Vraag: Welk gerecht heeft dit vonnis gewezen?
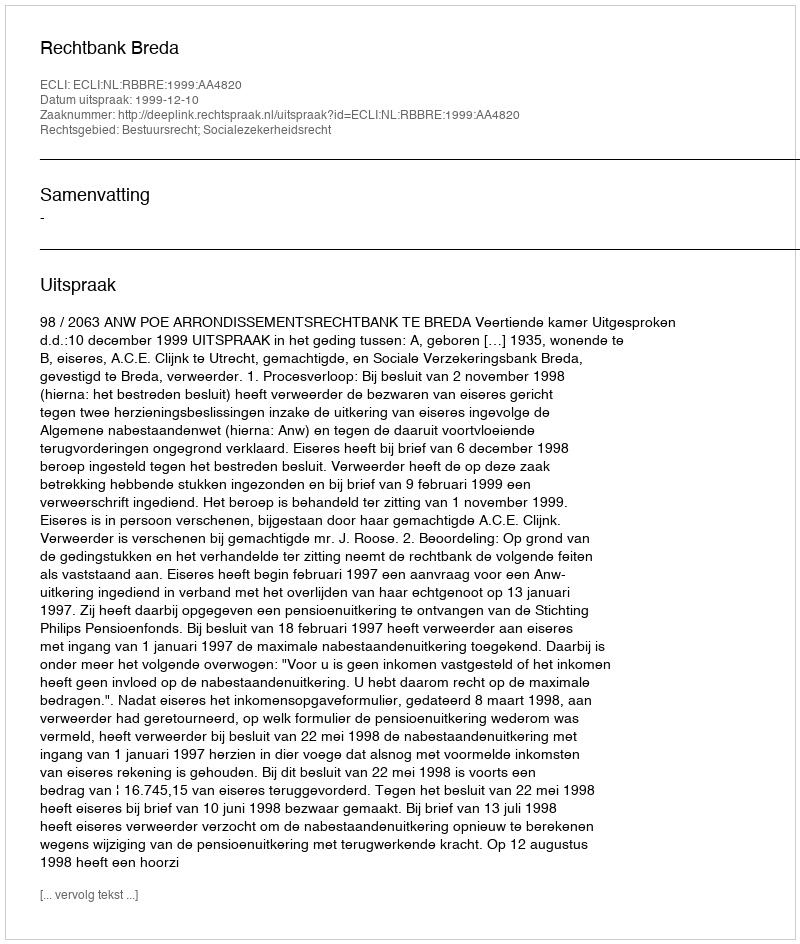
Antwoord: Rechtbank Breda